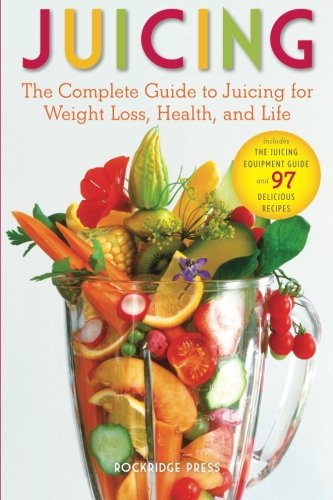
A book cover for Juicing: The Complete Guide to Juicing for Weight Loss, Health and Life - Includes the Juicing Equipment Guide and 97 Delicious Recipes; John Chatham; Cookbooks, Food & Wine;